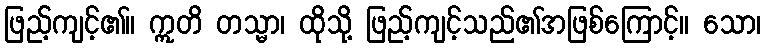
ဖြည့်ကျင့်၏။ ဣတိ တသ္မာ၊ ထိုသို့ ဖြည့်ကျင့်သည်၏အဖြစ်ကြောင့်။ သော၊